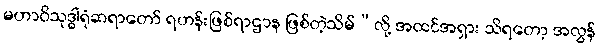
မဟာဝိသုဒ္ဓါရုံဆရာတော် ရဟန်းဖြစ်ရာဌာန ဖြစ်တဲ့သိမ်”လို့ အထင်အရှား သိရတော့ အလွန်